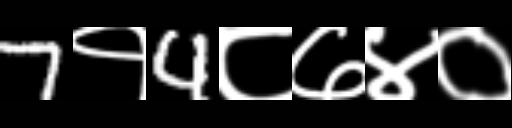
Text: 7१4८७४०